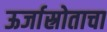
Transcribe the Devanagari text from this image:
ऊर्जास्रोताचा